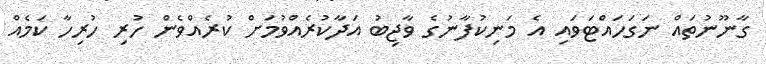
ގާނޫނުތައް ނަގަހައްޓަވައި އެ މަނިކުފާނުގެ ވާޖިބު އަދާކުރެއްވުމަށް ކުރެއްވެން ހުރި ހުރިހާ ކަމެއް